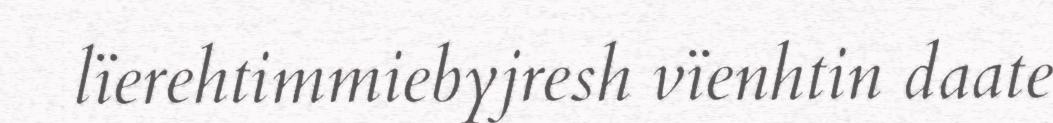
lïerehtimmiebyjresh vïenhtin daate